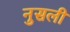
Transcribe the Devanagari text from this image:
नुसली